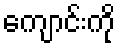
ကျောင်းကို